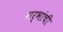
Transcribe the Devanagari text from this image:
गर्भांची